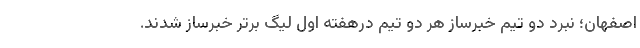
اصفهان؛ نبرد دو تیم خبرساز هر دو تیم درهفته اول لیگ برتر خبرساز شدند.